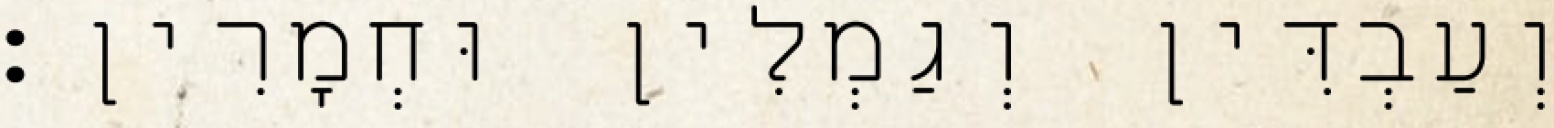
וְעַבְדִּין וְגַמְלִין וּחְמָרִין׃